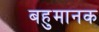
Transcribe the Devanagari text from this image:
बहुमानक